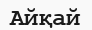
Айқай